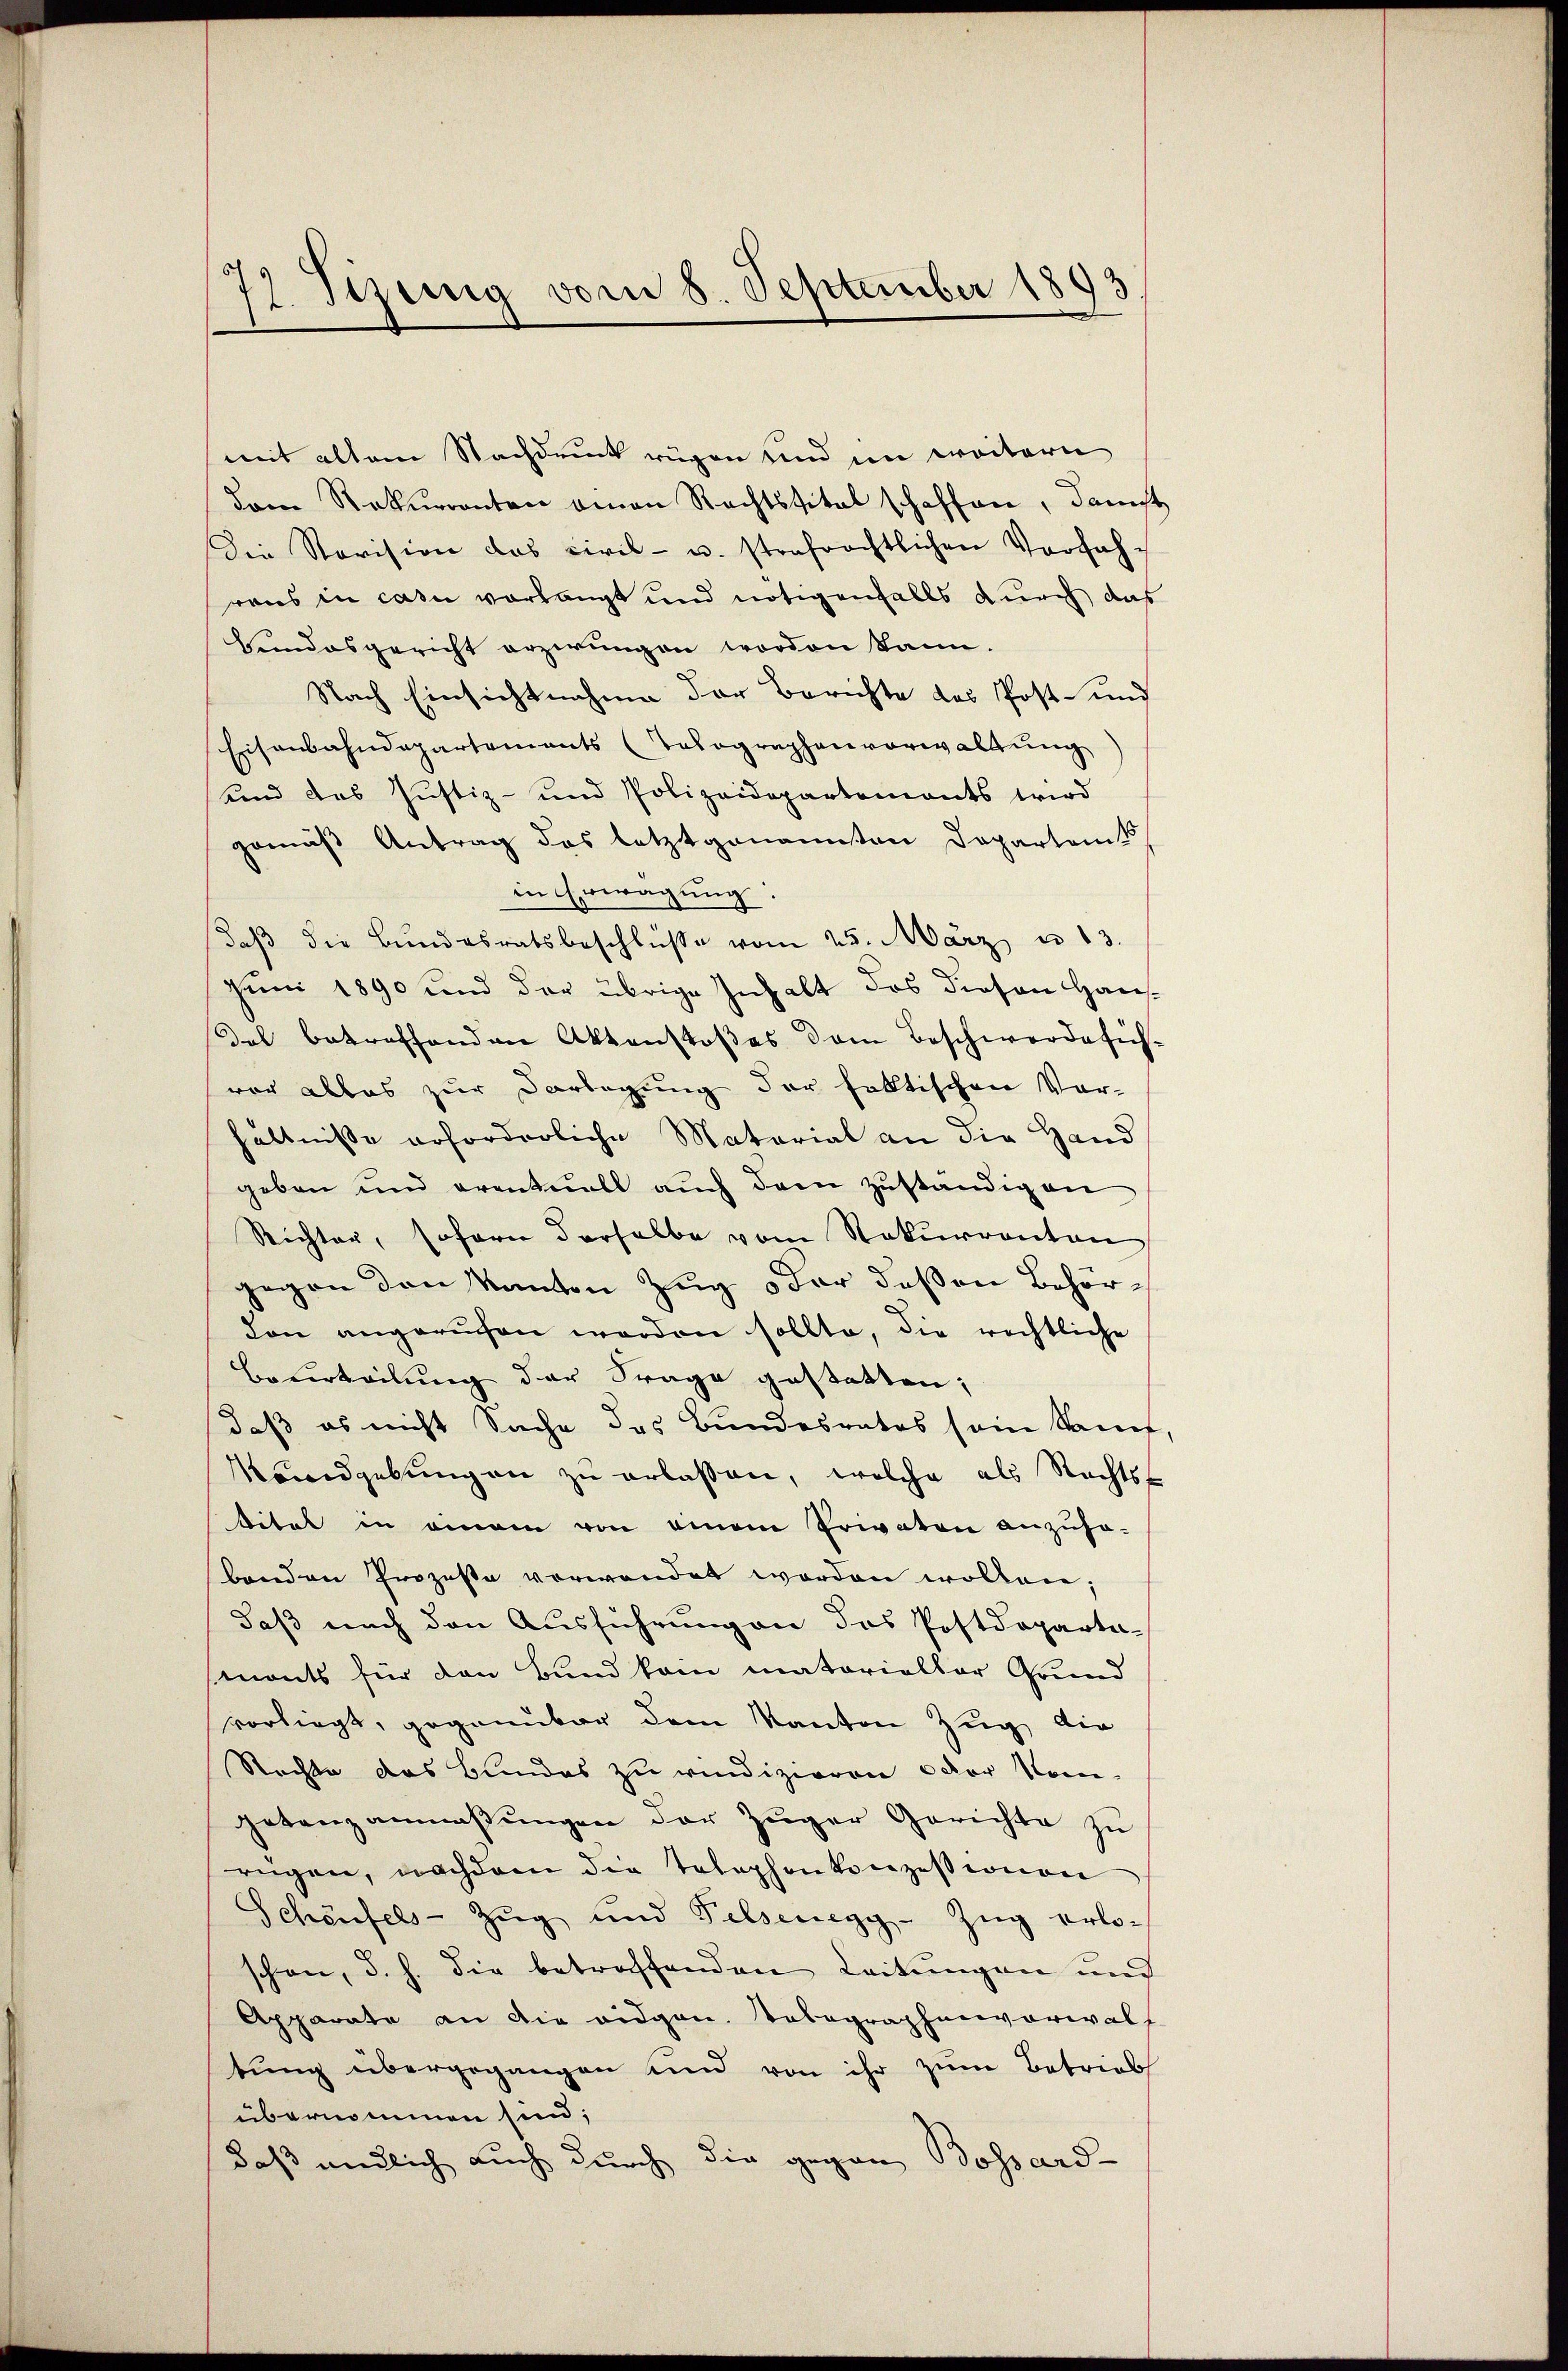
77 Tizung vom 8. September 1893

mit altem Nachdruck rügen und im weitern
dem Rekurrenten einen Rechtstitel schaffen, danst
Die Revision das Civil- u. strafrechtlichen Vorfahrens in casi vorlangt und nötigenfalls durch das
Hundesgericht erzwungen worden kann.
Nach Einsichtnahme der Berichte des Post- und
Eisenbahndepartements (Telographenvorwaltŭng
und das Justiz- und Polizeidepartements wird
gemäß Antrag des letztgenannten Departamts
in Erwägung:
daβ die Bundesratsbeschlüße vom 25. März u. 13.
Juni 1890 und der übrige Inhalt des diesen Hausdel betreffenden Aktenstoßes dem Beschwerde sichvor alles zur Darlegung der faltischen Vor-
hältnisse erforderliche Material an die Hand
geben und eventuell auch dem zuständigen
Richter, sofern derselbe vom Rekurrenten
gegen den Kanton Zug oder deßen Behördon angerufen werden sollte, die rechtliche
Beurteilung der Frage gestatten;
daß es nicht Sache des Bundesrates sein Samt.
Kendgebŭngen zŭ erlassen, welche als Rechts-
titel in einem von einem Privaten anzŭsa-
benden Prozesse verwendet worden wollen;
daß nach den Ausführungen des Postdeparta-
monts für den Bund kam matorialtar Grund
vorliegt, gegenüber dem Kanton Zug, die
Rechte das Bundes zu vindizieren oder Komgetanzanmassŭngen der Züger Gerichte zŭ
rügen, nachdem die Telephonkonzessionen
Schönfels-Zŭg und Pilsenegg-Zŭg erloschon, d. h. die betreffenden Leitungen und
Apparate an die eidgen. Telegraphenvorwalf
tung übergegangen und von ihr zum Betrieb
übernommen sind;
daß endlich auch durch die gegen Bossard-